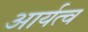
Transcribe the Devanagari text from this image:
आर्यत्व